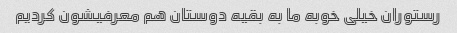
رستوران خیلی خوبه ما به بقیه دوستان هم معرفیشون کردیم